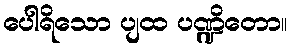
ပေါရိသော ပျထ ပဏ္ဍိတော။